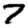
Digit: 7